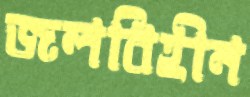
জলবিহীন